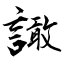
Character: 譀